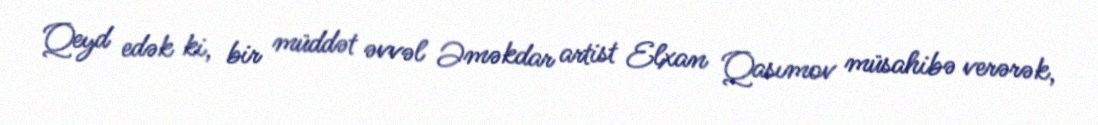
Qeyd edək ki, bir müddət əvvəl Əməkdar artist Elxan Qasımov müsahibə verərək,